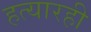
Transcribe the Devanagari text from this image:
हत्यारही